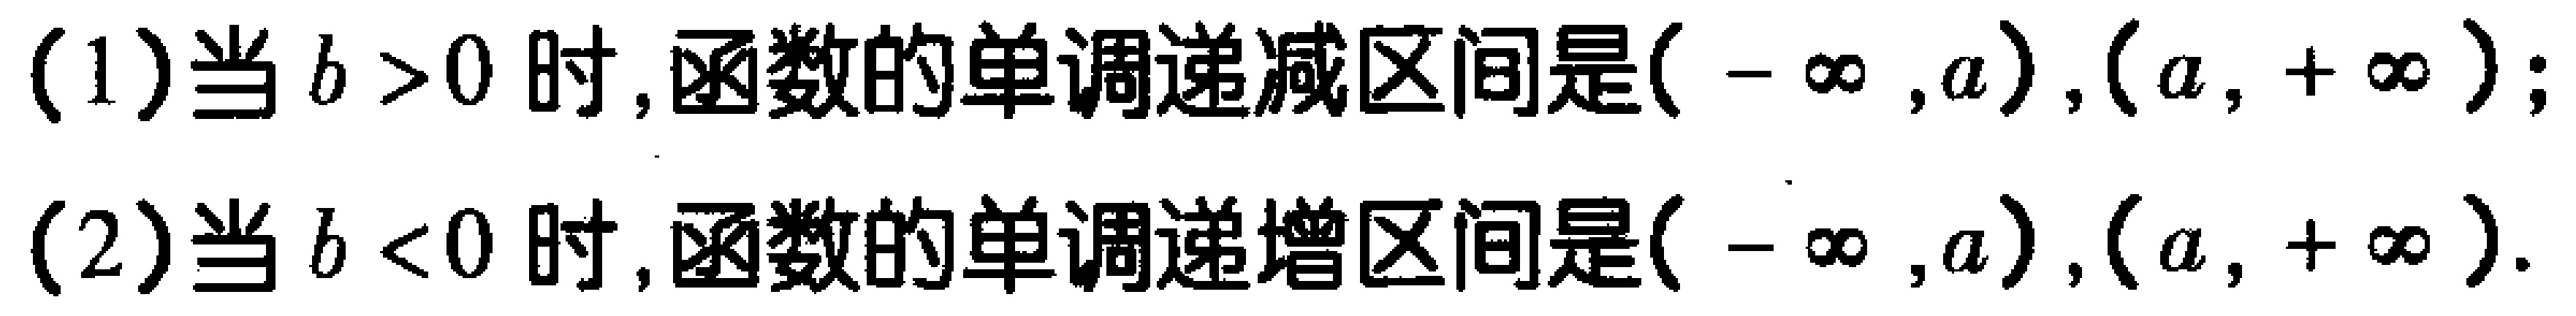
(1)当 \(b > 0\) 时,函数的单调递减区间是\((-\infty,a),(a,+\infty)\);

(2)当 \(b < 0\) 时,函数的单调递增区间是\((-\infty,a),(a,+\infty)\).